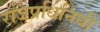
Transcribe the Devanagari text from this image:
राजप्रधिनिधी